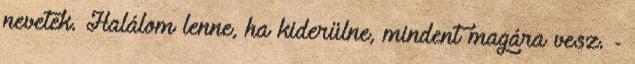
nevetek. Halálom lenne, ha kiderülne, mindent magára vesz. -